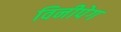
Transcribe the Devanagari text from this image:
विनीपेग